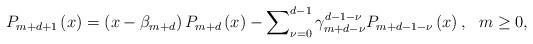
LaTeX: \begin{align*}P_{m+d+1}\left( x\right) =\left( x-\beta _{m+d}\right) P_{m+d}\left(x\right) -\sum\nolimits_{\nu =0}^{d-1}\gamma _{m+d-\nu}^{d-1-\nu}P_{m+d-1-\nu }\left( x\right) ,\ \ m\geq 0, \end{align*}